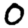
Digit: 0